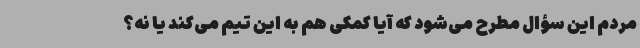
مردم این سؤال مطرح می‌شود که آیا کمکی هم به این تیم می‌کند یا نه؟